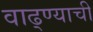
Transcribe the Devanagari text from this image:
वाढ्ण्याची